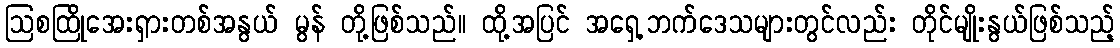
ဩစထြိုအေးရှားတစ်အနွယ် မွန် တို့ဖြစ်သည်။ ထို့အပြင် အရှေ့ဘက်ဒေသများတွင်လည်း တိုင်မျိုးနွယ်ဖြစ်သည့်